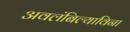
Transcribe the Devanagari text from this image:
अवलंबिल्याविना